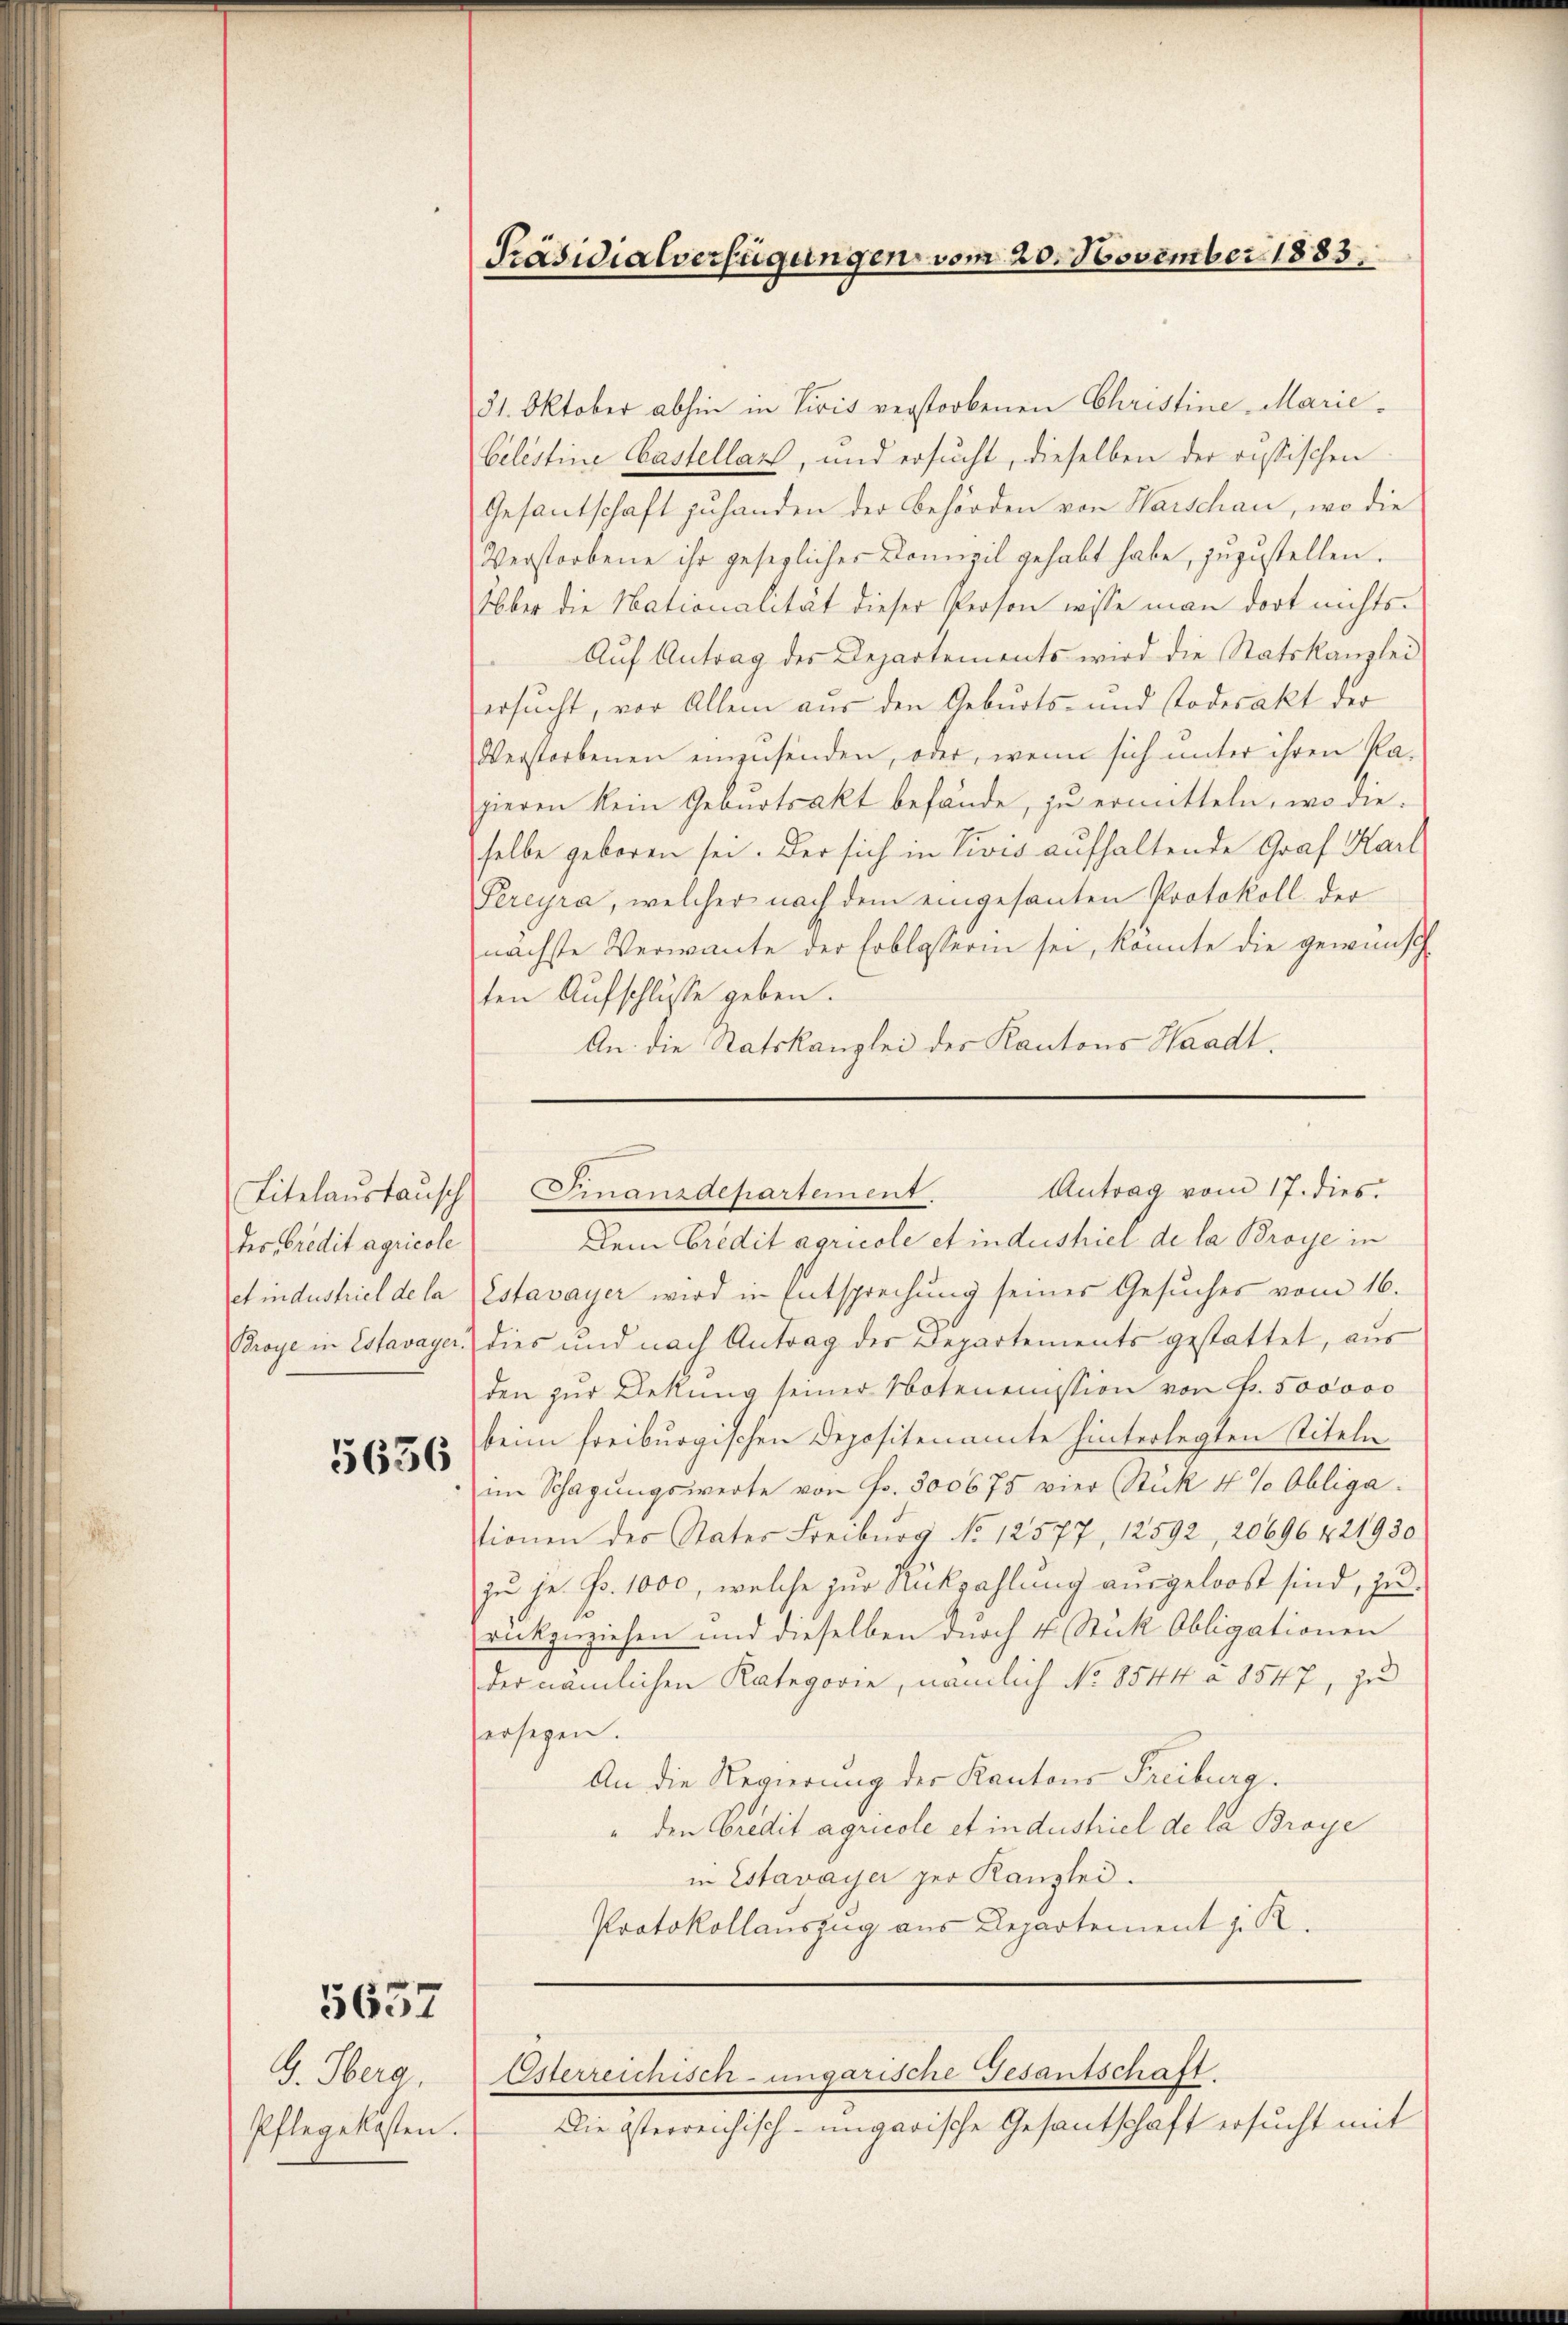
des Credit agricole
et industriel de la

5636

5637

G. Oberg,
Pflegekosten

Präsidialverfügungen vom 20. November 1883.

31. Oktober abhin in Vicis verstorbenen Christine Marie
Celestine Castellar, und ersucht, dieselben der russischen
Gesantschaft zu handen der Behörden von Warschau, wo die
Verstorbene ihr gesezlicher Domizil gehabt habe, zuzustellen.
Über die Nationalität dieser Person wisse man dort nichts¬
Aŭf Antrag des Departements wird die Statskanzlei
ersŭcht, vor Allem aus den Geburts- und Todesakt der
Verstorbenen einzusenden, oder, wenn sich unter ihren Pa-
pieren kein Geburtsakt befände, zu ermitteln, wo dieselbe geboren sei. Der sich in Divis aufhaltende Graf Karl
Pereyra, welcher nach dem eingesanten Protokoll der
nächste Verwante der Erblasserin sei, konnte die gewünsch
ten Aufschlusse geben.
An die Statskanzlei des Kantons Waadt.

Antrag vom 17. dies
Titelaŭstaŭsch Finanzdepartement.

Dem Credit agricole et indershiel de la Broye in
Estavayer wird in Entsprechung seines Gesuches vom 16.
Broye in Estavayer dies und nach Antrag der Departements gestattet, aus
den zŭr Dekŭng seiner Notenenission von Fr. 500000
beim freiburgischen Depositenamte hinterlegten Titeln
im Schagŭngswerte von Fr. 500675 vier Stük 4 % Obliga
tionen der Vater Freiburg No 12577, 12592, 20696 4 21930
zu je Fr. 1000, welche zur Rückzahlung ausgeloost sind, zu
rückzuziehen und dieselben durch 4 Stuk Obligationen
der nämlichen Kategorie, nämlich No 8544 à 1547, zu
versegen.
An die Regierung der Kantons Freiburg.
" den Credit agricole et industriel de la Broye
in Estavayer per Kanzlei.
Protokollauszug aus Departement z. R.

Esterreichisch-ungarische Gesantschaft.

Die österreichisch-ungarische Gesantschaft ersucht mit